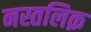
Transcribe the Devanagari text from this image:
नस्तलिक़